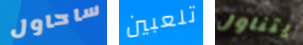
ساحاول تلعبين يتناول